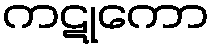
ကဋုကော